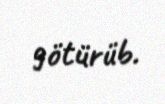
götürüb.